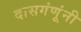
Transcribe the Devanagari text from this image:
दासगंणूंनी